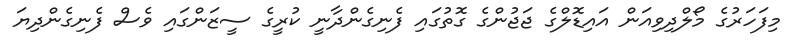
މިފަހަރުގެ މޯލްދިވިއަން އައިޑޮލްގެ ޖަޖުންގެ ގޮތުގައި ފެނިގެންދާނީ ކުރީގެ ސީޒަންގައި ވެސް ފެނިގެންދިޔަ